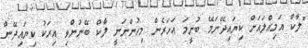
"ލާކް އަމިއްލައަށް ކިޔައިދޭނަމޭ ބުނީމަ އަހަރެން މިހުންނަނީ ލާކް ބޭނުންވި އިރަކު ކިޔައިދޭން